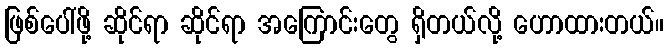
ဖြစ်ပေါ်ဖို့ ဆိုင်ရာ ဆိုင်ရာ အကြောင်းတွေ ရှိတယ်လို့ ဟောထားတယ်။